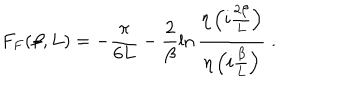
LaTeX: F _ { F } ( \beta , L ) = - \frac { \pi } { 6 L } - \frac { 2 } { \beta } \ln { \frac { \eta \left( i \frac { 2 \beta } { L } \right) } { \eta \left( i \frac { \beta } { L } \right) } } \; .